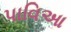
પાવિઆ